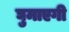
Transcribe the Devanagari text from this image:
घुमाएगी